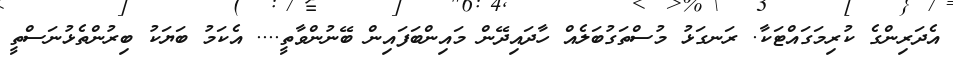
އެދަރިންގެ ކުރިމަގައްޓަކާ. ރަނގަޅު މުސްތަގުބަލެއް ހާދައިދޭން މައިންބަފައިން ބޭނުންވާތީ.... އެކަމު ބަޔަކު ބިރުންތެޅުނަސްތީ